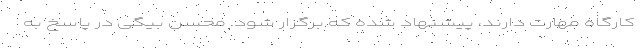
کارگاه مهارت دارند، پیشنهاد شده که برگزار شود. محسن بیگی در پاسخ به